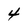
Character: 4